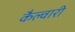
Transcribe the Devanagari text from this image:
कैल्वारी